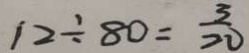
1 2 \div 8 0 = \frac { 3 } { 2 0 }